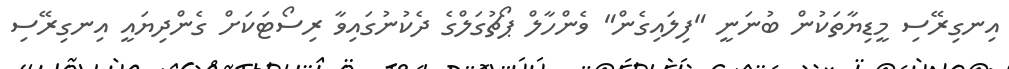
އިނގިރޭސި މީޑިޔާތަކުން ބުނަނީ "ފިލައިގެން" ވެންހާލް ޕޯޗުގަލްގެ ދެކުނުގައިވާ ރިސޯޓަކަށް ގެންދިޔައީ އިނގިރޭސި